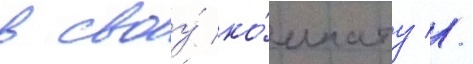
в своу́ ко́мнату //